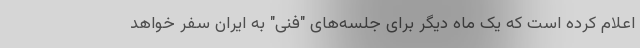
اعلام کرده است که یک ماه دیگر برای جلسه‌های "فنی" به ایران سفر خواهد